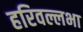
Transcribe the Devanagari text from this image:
हरिवल्लभा